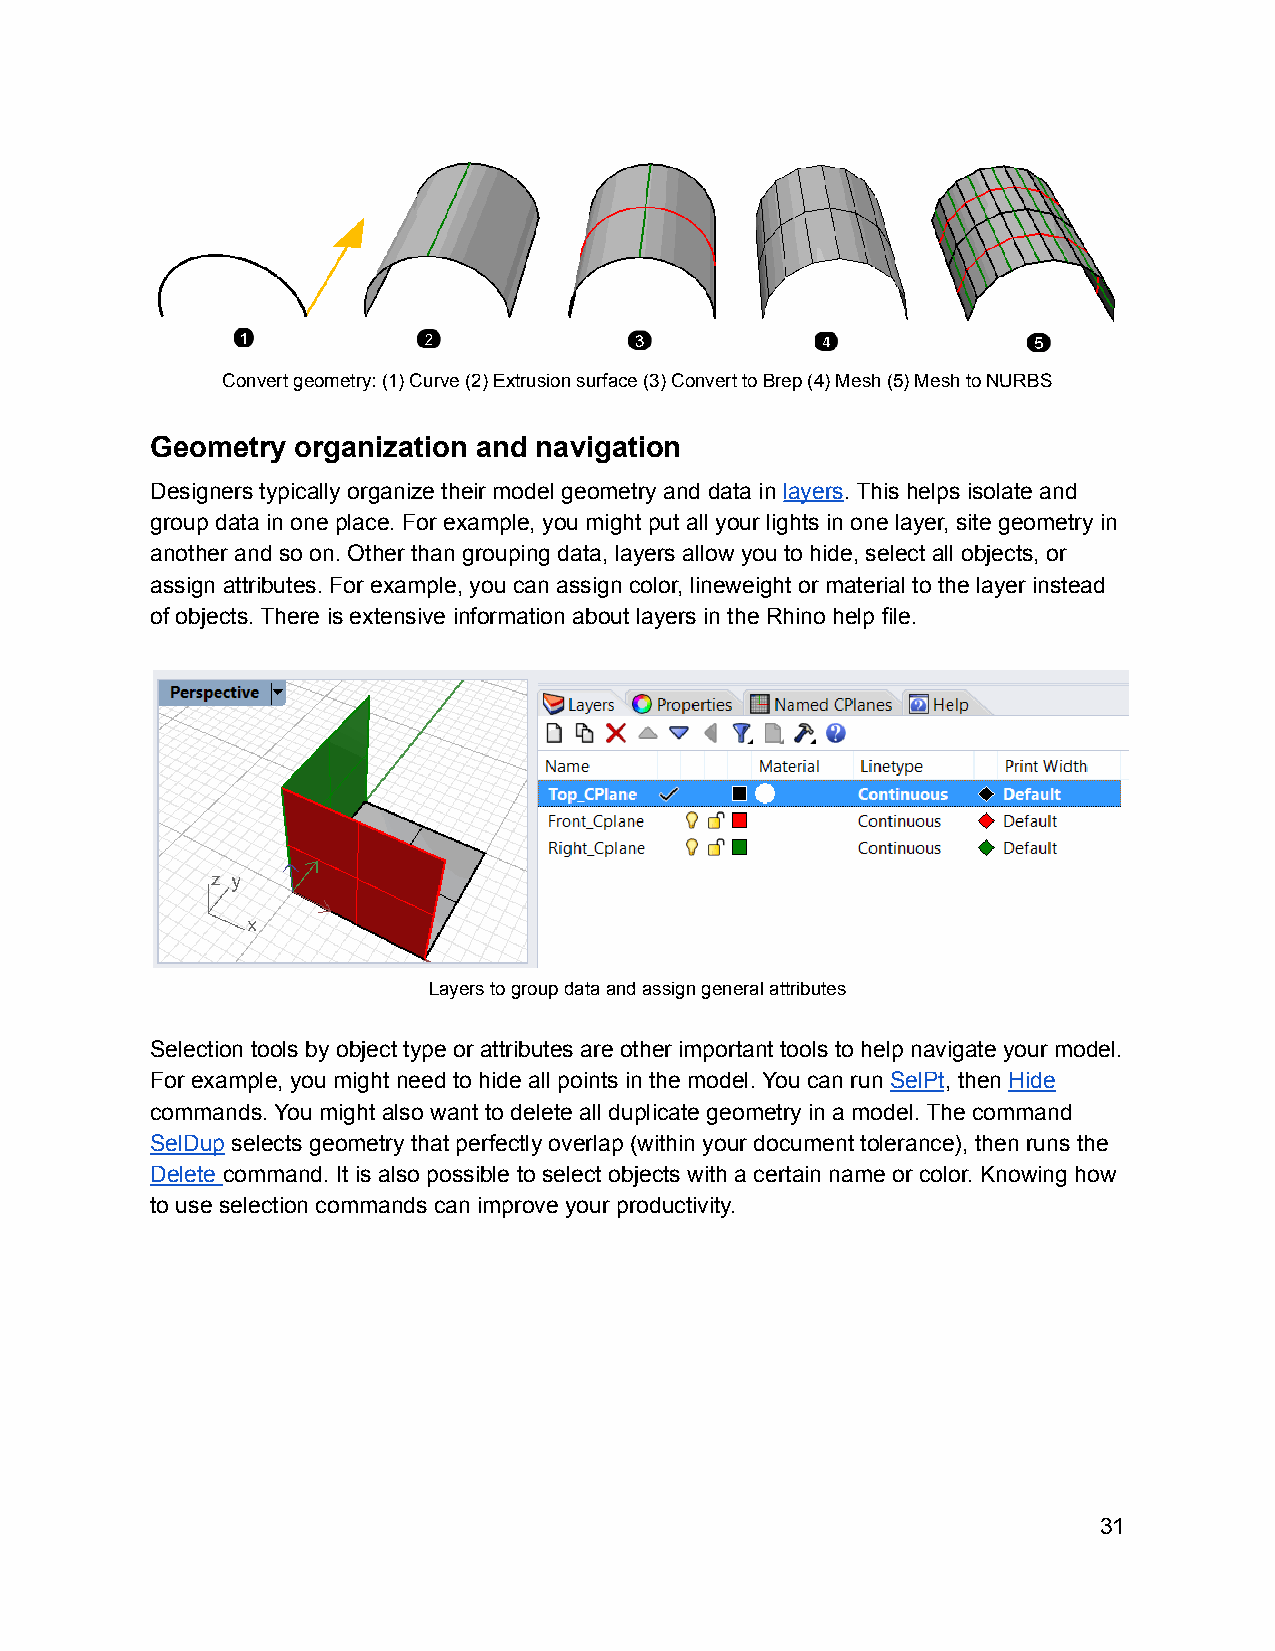
Convert geometry: (1) Curve (2) Extrusion surface (3) Convert to Brep (4) Mesh (5) Mesh to NURBS
 Geometry organization and navigation
 Designers typically organize their model geometry and data in layers. This helps isolate and
 group data in one place. For example, you might put all your lights in one layer, site geometry in
 another and so on. Other than grouping data, layers allow you to hide, select all objects, or
 assign attributes. For example, you can assign color, lineweight or material to the layer instead
 of objects. There is extensive information about layers in the Rhino help file.
 Layers to group data and assign general attributes
 Selection tools by object type or attributes are other important tools to help navigate your model.
 For example, you might need to hide all points in the model. You can run SelPt, then Hide
 commands. You might also want to delete all duplicate geometry in a model. The command
 SelDup selects geometry that perfectly overlap (within your document tolerance), then runs the
 Delete command. It is also possible to select objects with a certain name or color. Knowing how
 to use selection commands can improve your productivity.
 31